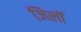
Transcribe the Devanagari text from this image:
जिलॉ